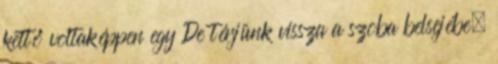
kettő voltaképpen egy De térjünk vissza a szoba belsejébe,